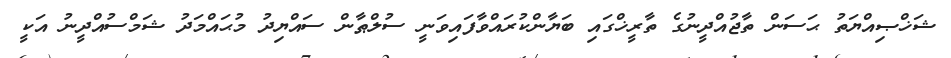
ޝަޚްޞިއްޔަތު ޙަސަން ތާޖުއްދީނުގެ ތާރީޚްގައި ބަޔާންކުރައްވާފައިވަނީ ސުލްޠާން ސައްޔިދު މުޙައްމަދު ޝަމްސުއްދީނު އަކީ